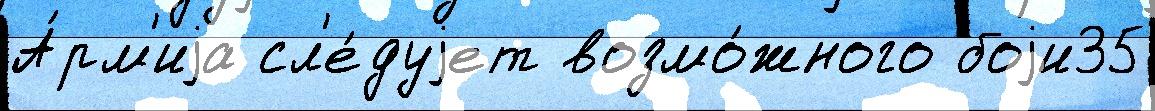
А́рм'иjа сл'е́дуjет возмо́жного боjи35